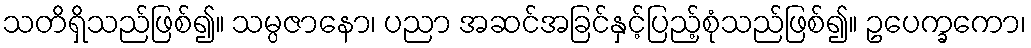
သတိရှိသည်ဖြစ်၍။ သမ္ပဇာနော၊ ပညာ အဆင်အခြင်နှင့်ပြည့်စုံသည်ဖြစ်၍။ ဥပေက္ခကော၊